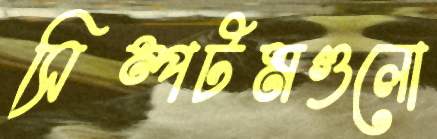
সিম্পটমগুলো